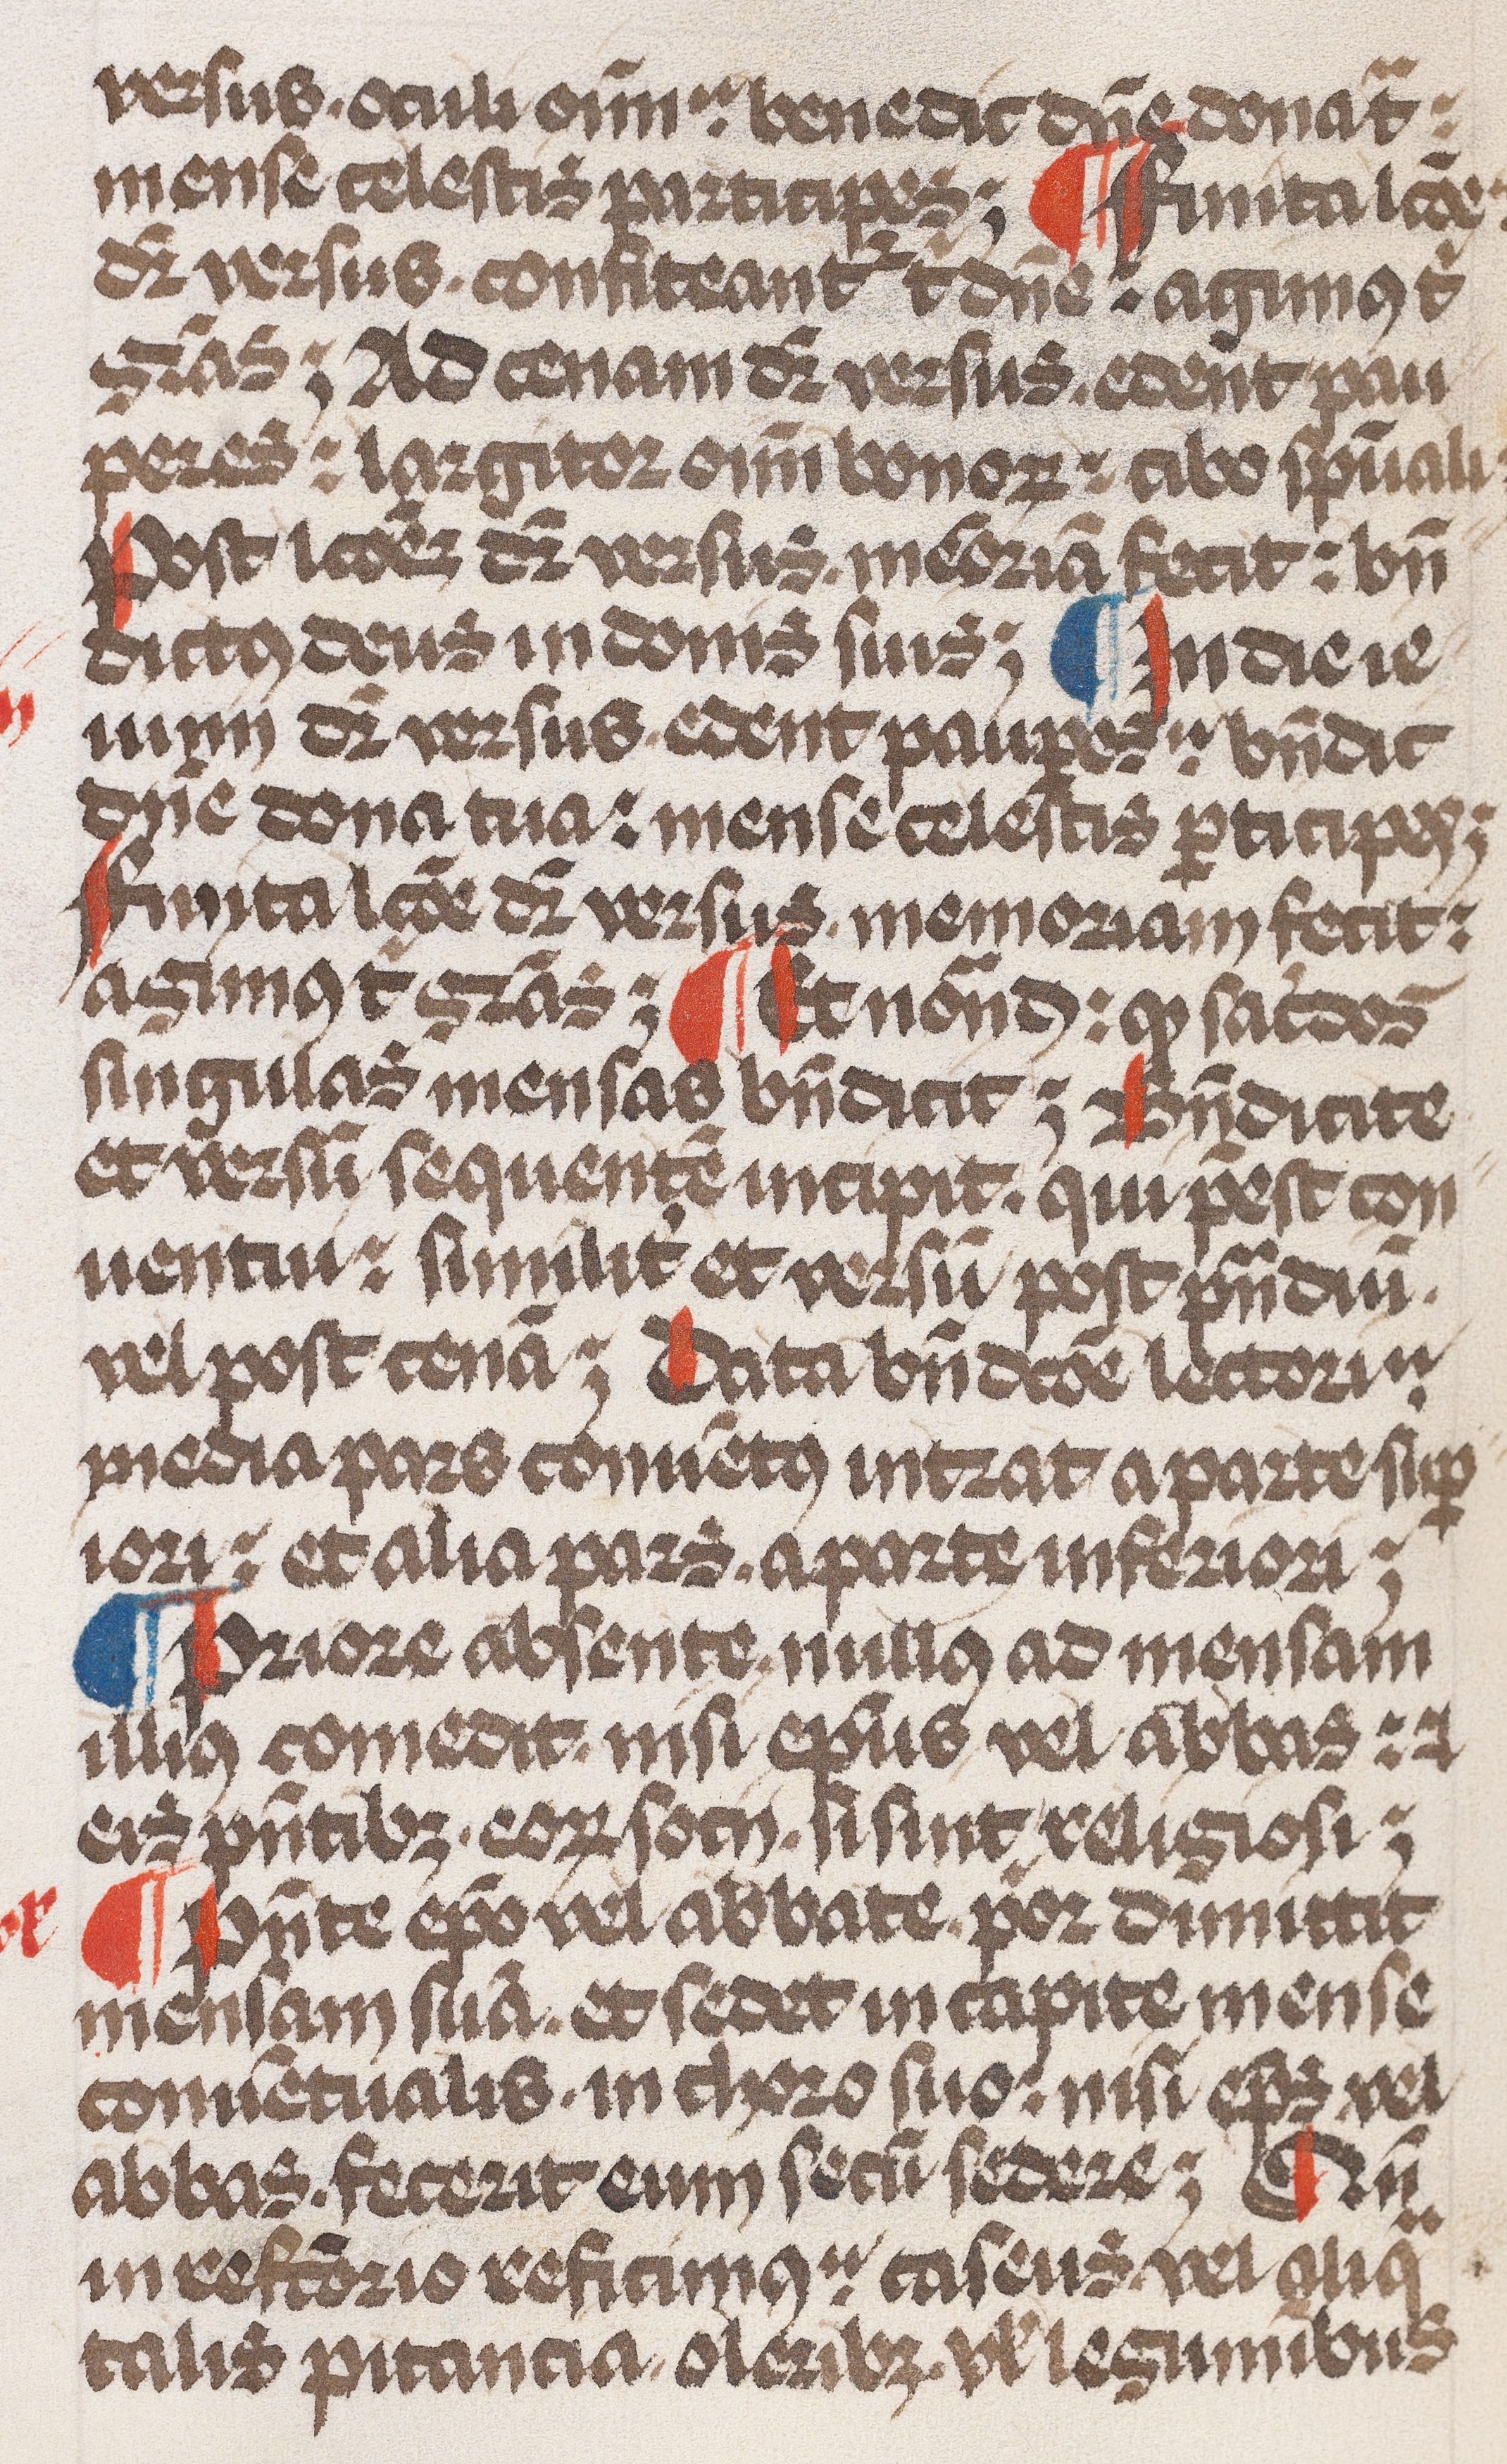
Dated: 1479–1479